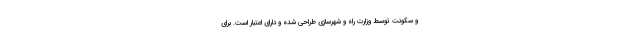
و سکونت توسط وزارت راه و شهرسازی طراحی شده و دارای اعتبار است. برای